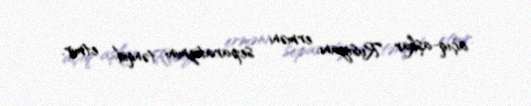
açıq-aşkar Rusiyanı, erməni separatizmini tənqid etmir.